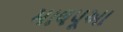
માલપૂઆ